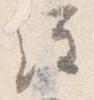
経